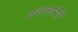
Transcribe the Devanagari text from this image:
अज्ञाकारिणी